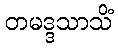
တမဒ္ဒသာသိံ